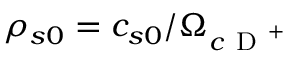
\rho _ { s 0 } = c _ { s 0 } / \Omega _ { c \mathrm { ~ D ~ } ^ { + } }